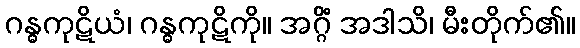
ဂန္ဓကုဋိယံ၊ ဂန္ဓကုဋိကို။ အဂ္ဂိံ အဒါသိ၊ မီးတိုက်၏။